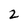
Character: 2